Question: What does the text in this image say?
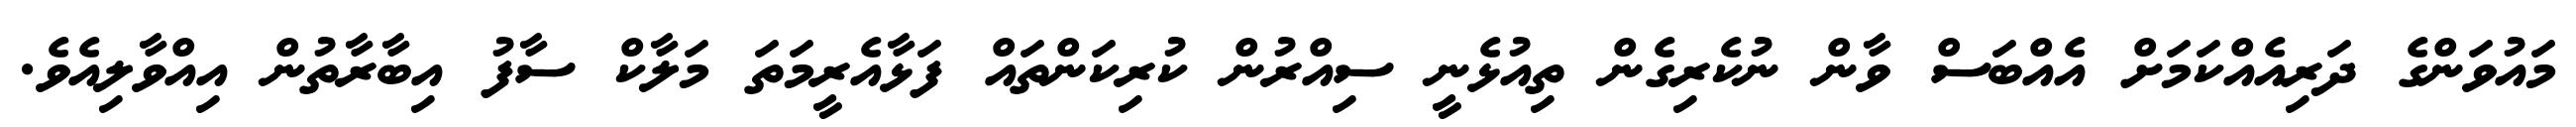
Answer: މައުވަންގެ ދަރިއެއްކަމަށް އެއްބަސް ވާން ނުކެރިގެން ތިއުޅެނީ ސިއްރުން ކުރިކަންތައް ފަޅާއެރީމަތަ މަލާކް ސާފު އިބާރާތުން އިއްވާލިއެވެ.